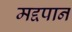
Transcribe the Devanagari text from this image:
मद्दपान